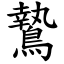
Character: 鷙